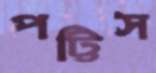
পট্টিস